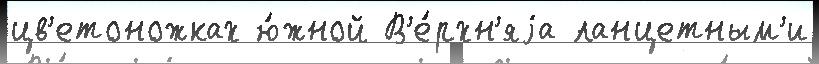
цв'етоножках ю́жной В'е́рхн'яjа ланцетным'и